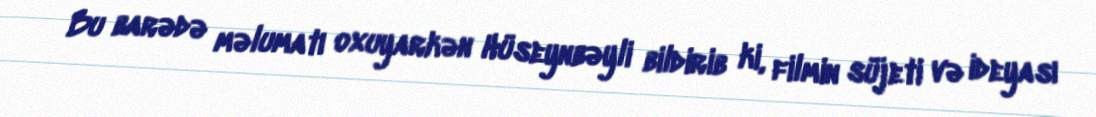
Bu barədə məlumatı oxuyarkən Hüseynbəyli bildirib ki, filmin süjeti və ideyası